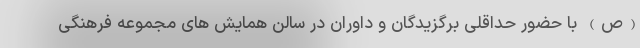
(ص) با حضور حداقلی برگزیدگان و داوران در سالن همایش های مجموعه فرهنگی